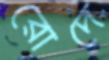
রোদে